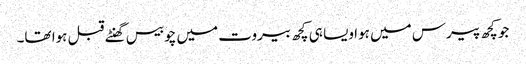
جو کچھ پیرس میں ہوا ویسا ہی کچھ بیروت میں چوبیس گھنٹے قبل ہوا تھا۔